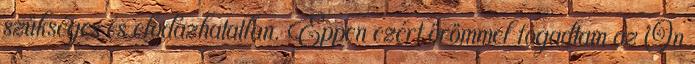
szükséges és elodázhatatlan. Éppen ezért örömmel fogadtam az Ön